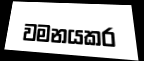
වමනයකර